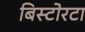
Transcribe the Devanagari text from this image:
बिस्टोरटा